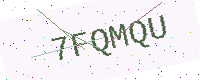
Text: 7FQMQU